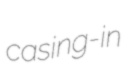
casing-in